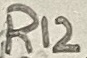
Text: R12